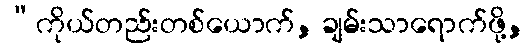
“ကိုယ်တည်းတစ်ယောက်, ချမ်းသာရောက်ဖို့,